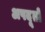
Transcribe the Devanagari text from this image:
अपदूतों